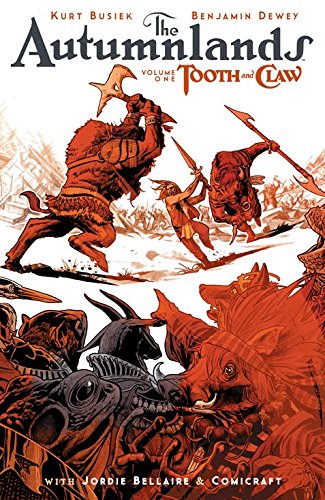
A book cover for The Autumnlands Volume 1: Tooth and Claw (Autumnlands Tp); Kurt Busiek; Comics & Graphic Novels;